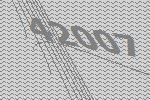
42007